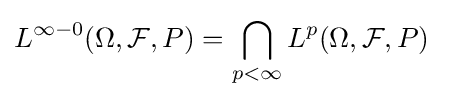
L^{\infty -0}(\Omega ,{\mathcal {F}},P)=\bigcap \limits _{p<\infty }L^{p}(\Omega ,{\mathcal {F}},P)\quad